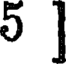
5 ]